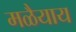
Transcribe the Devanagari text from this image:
मळैयाय